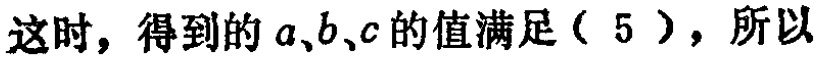
这时，得到的\(a,b,c\)的值满足（5），所以